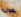
يكون